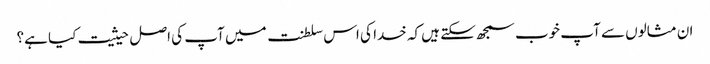
ان مثالوں سے آپ خوب سمجھ سکتے ہیں کہ خدا کی اس سلطنت میں آپ کی اصل حیثیت کیا ہے؟